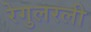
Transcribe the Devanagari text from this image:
रेगुलरली